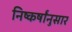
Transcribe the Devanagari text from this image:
निष्कर्षांनुसार